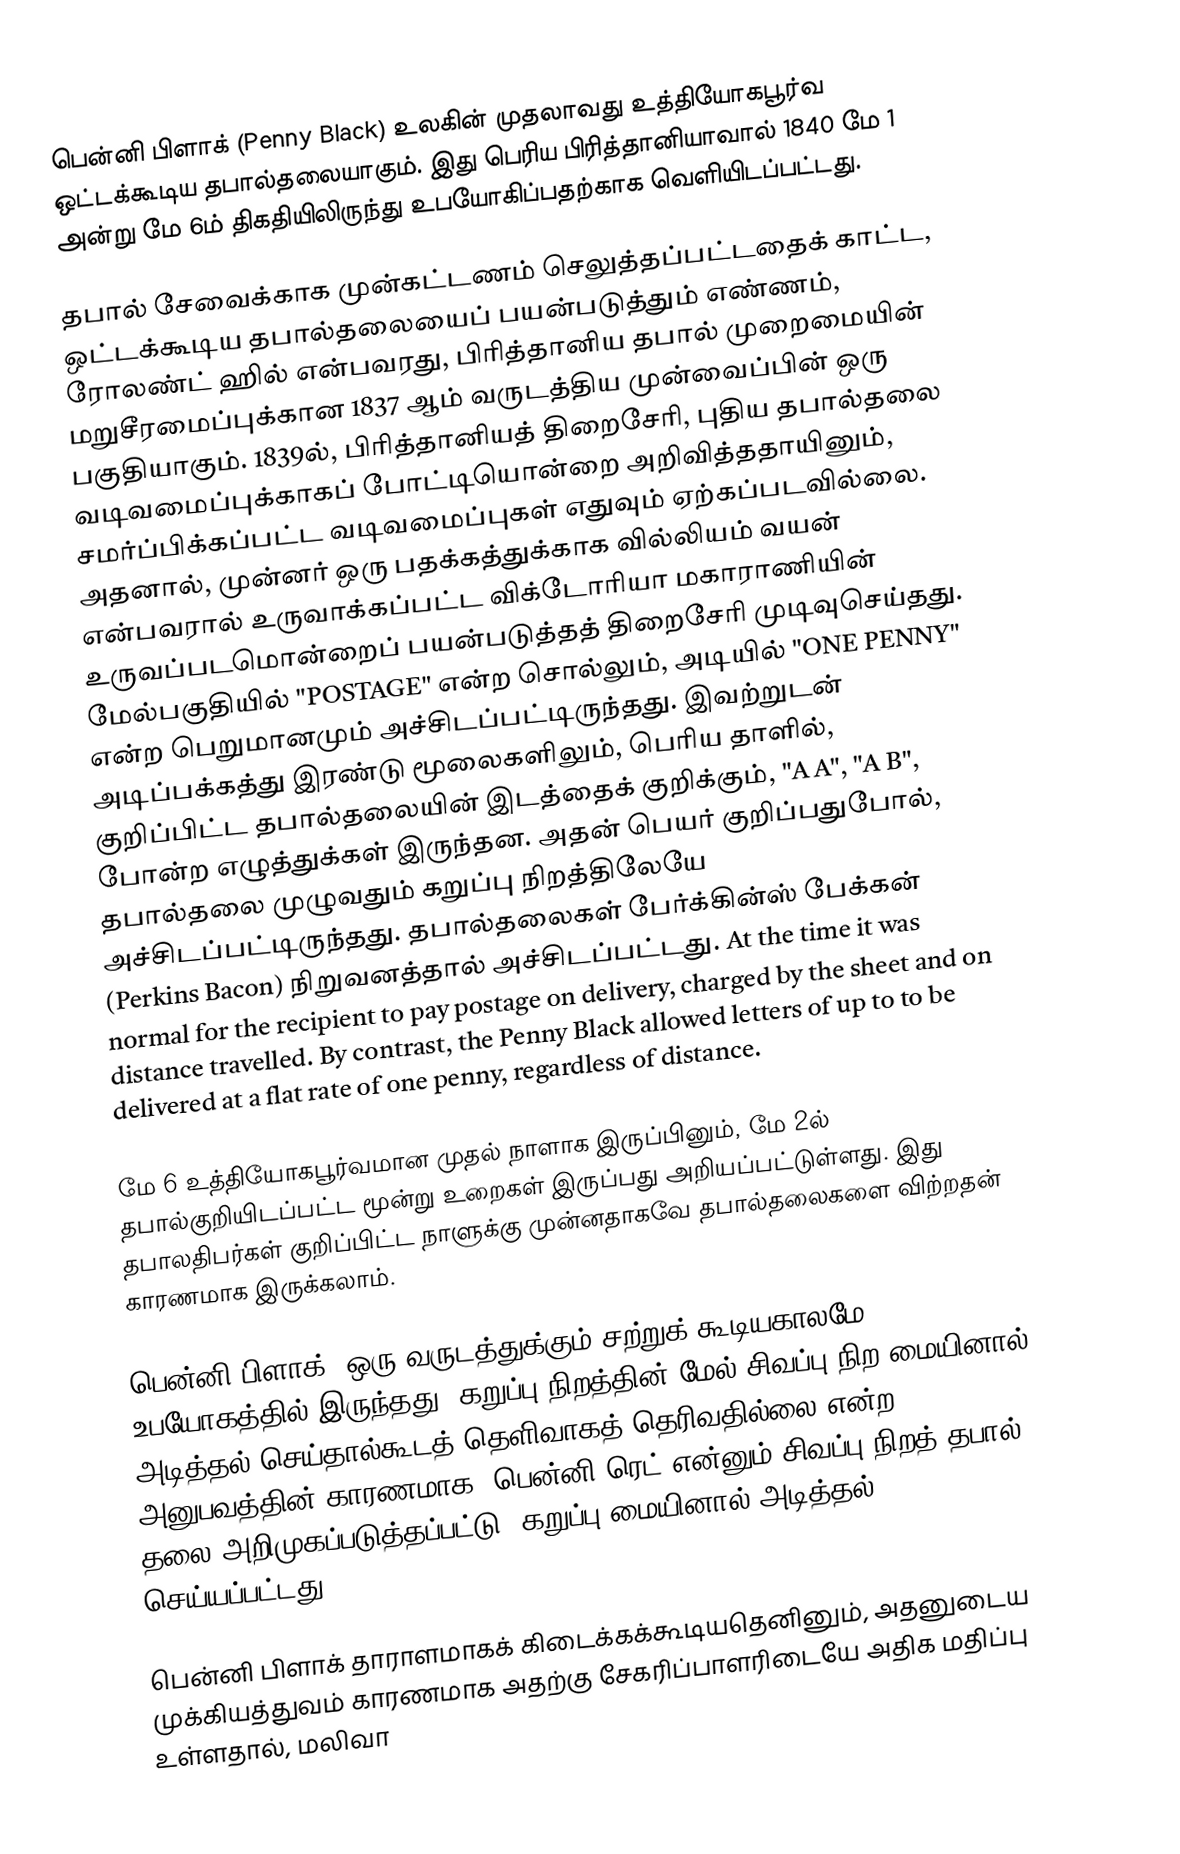
பென்னி பிளாக் (Penny Black) உலகின் முதலாவது உத்தியோகபூர்வ ஒட்டக்கூடிய தபால்தலையாகும். இது பெரிய பிரித்தானியாவால் 1840 மே 1 அன்று மே 6ம் திகதியிலிருந்து உபயோகிப்பதற்காக வெளியிடப்பட்டது.

தபால் சேவைக்காக முன்கட்டணம் செலுத்தப்பட்டதைக் காட்ட, ஒட்டக்கூடிய தபால்தலையைப் பயன்படுத்தும் எண்ணம், ரோலண்ட் ஹில் என்பவரது, பிரித்தானிய தபால் முறைமையின் மறுசீரமைப்புக்கான 1837 ஆம் வருடத்திய முன்வைப்பின் ஒரு பகுதியாகும். 1839ல், பிரித்தானியத் திறைசேரி, புதிய தபால்தலை வடிவமைப்புக்காகப் போட்டியொன்றை அறிவித்ததாயினும், சமர்ப்பிக்கப்பட்ட வடிவமைப்புகள் எதுவும் ஏற்கப்படவில்லை. அதனால், முன்னர் ஒரு பதக்கத்துக்காக வில்லியம் வயன் என்பவரால் உருவாக்கப்பட்ட விக்டோரியா மகாராணியின் உருவப்படமொன்றைப் பயன்படுத்தத் திறைசேரி முடிவுசெய்தது. மேல்பகுதியில் "POSTAGE" என்ற சொல்லும், அடியில் "ONE PENNY" என்ற பெறுமானமும் அச்சிடப்பட்டிருந்தது. இவற்றுடன் அடிப்பக்கத்து இரண்டு மூலைகளிலும், பெரிய தாளில், குறிப்பிட்ட தபால்தலையின் இடத்தைக் குறிக்கும், "A A", "A B", போன்ற எழுத்துக்கள் இருந்தன. அதன் பெயர் குறிப்பதுபோல், தபால்தலை முழுவதும் கறுப்பு நிறத்திலேயே அச்சிடப்பட்டிருந்தது. தபால்தலைகள் பேர்க்கின்ஸ் பேக்கன் (Perkins Bacon) நிறுவனத்தால் அச்சிடப்பட்டது. At the time it was normal for the recipient to pay postage on delivery, charged by the sheet and on distance travelled. By contrast, the Penny Black allowed letters of up to  to be delivered at a flat rate of one penny, regardless of distance.

மே 6 உத்தியோகபூர்வமான முதல் நாளாக இருப்பினும், மே 2ல் தபால்குறியிடப்பட்ட மூன்று உறைகள் இருப்பது அறியப்பட்டுள்ளது. இது தபாலதிபர்கள் குறிப்பிட்ட நாளுக்கு முன்னதாகவே தபால்தலைகளை விற்றதன் காரணமாக இருக்கலாம்.

பென்னி பிளாக், ஒரு வருடத்துக்கும் சற்றுக் கூடியகாலமே உபயோகத்தில் இருந்தது. கறுப்பு நிறத்தின் மேல் சிவப்பு நிற மையினால் அடித்தல் செய்தால்கூடத் தெளிவாகத் தெரிவதில்லை என்ற அனுபவத்தின் காரணமாக, பென்னி ரெட் என்னும் சிவப்பு நிறத் தபால் தலை அறிமுகப்படுத்தப்பட்டு, கறுப்பு மையினால் அடித்தல் செய்யப்பட்டது.

பென்னி பிளாக் தாராளமாகக் கிடைக்கக்கூடியதெனினும், அதனுடைய முக்கியத்துவம் காரணமாக அதற்கு சேகரிப்பாளரிடையே அதிக மதிப்பு உள்ளதால், மலிவா